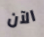
الآن